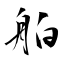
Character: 舶